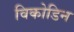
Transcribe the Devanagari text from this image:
विकोडिन